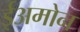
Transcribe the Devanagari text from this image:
ईअमोन